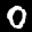
Label: 0